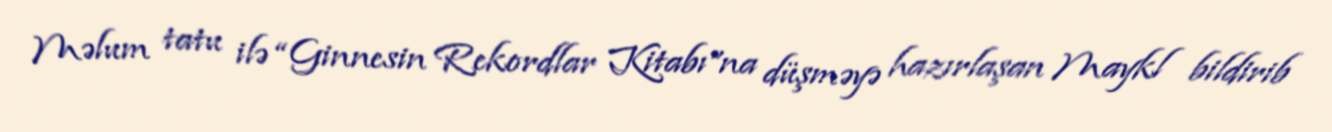
Məlum tatu ilə “Ginnesin Rekordlar Kitabı”na düşməyə hazırlaşan Maykl bildirib